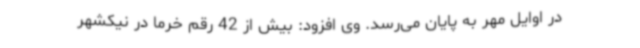
در اوایل مهر به پایان می‌رسد. وی افزود: بیش از 42 رقم خرما در نیکشهر